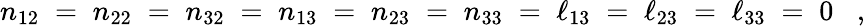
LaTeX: n_{12}\; =\; n_{22}\; =\; n_{32}\; =\; n_{13}\; =\; n_{23}\; =\; n_{33}\; =\; \ell_{13}\; =\; \ell_{23}\; =\; \ell_{33}\; =\; 0\; \; \; ,